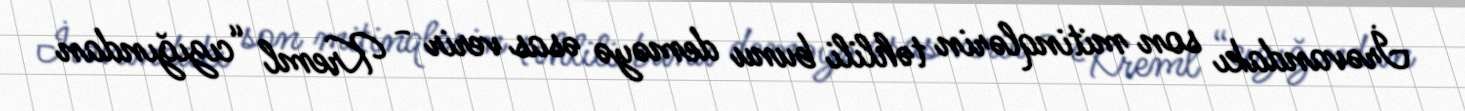
İrəvandakı son mitinqlərin təhlili bunu deməyə əsas verir - Kreml “cızığından